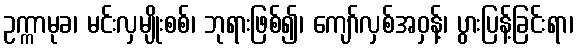
ဥက္ကာမုခ၊ မင်းလှမျိုးစစ်၊ ဘုရားဖြစ်၍၊ ကျော်လှစ်အဝှန့်၊ ပွားပြန့်ခြင်းရာ၊